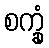
စက္ခုံ